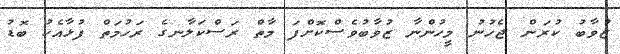
ޒުވާބު ކުރަން ޖެހުނު މީހުންނާ ޒުވާބުވެސްކޮށްފަ މާތް ރަސްކަލާނގެ ރަހުމަތް ފުޅާއެކު ބޮޑު